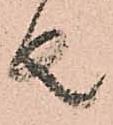
者